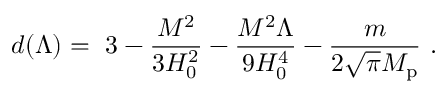
d ( \Lambda ) = \ 3 - { \frac { M ^ { 2 } } { 3 H _ { 0 } ^ { 2 } } } - { \frac { M ^ { 2 } \Lambda } { 9 H _ { 0 } ^ { 4 } } } - { \frac { m } { 2 \sqrt \pi M _ { \mathrm { p } } } } \ .